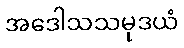
အဒေါသသမုဒယံ